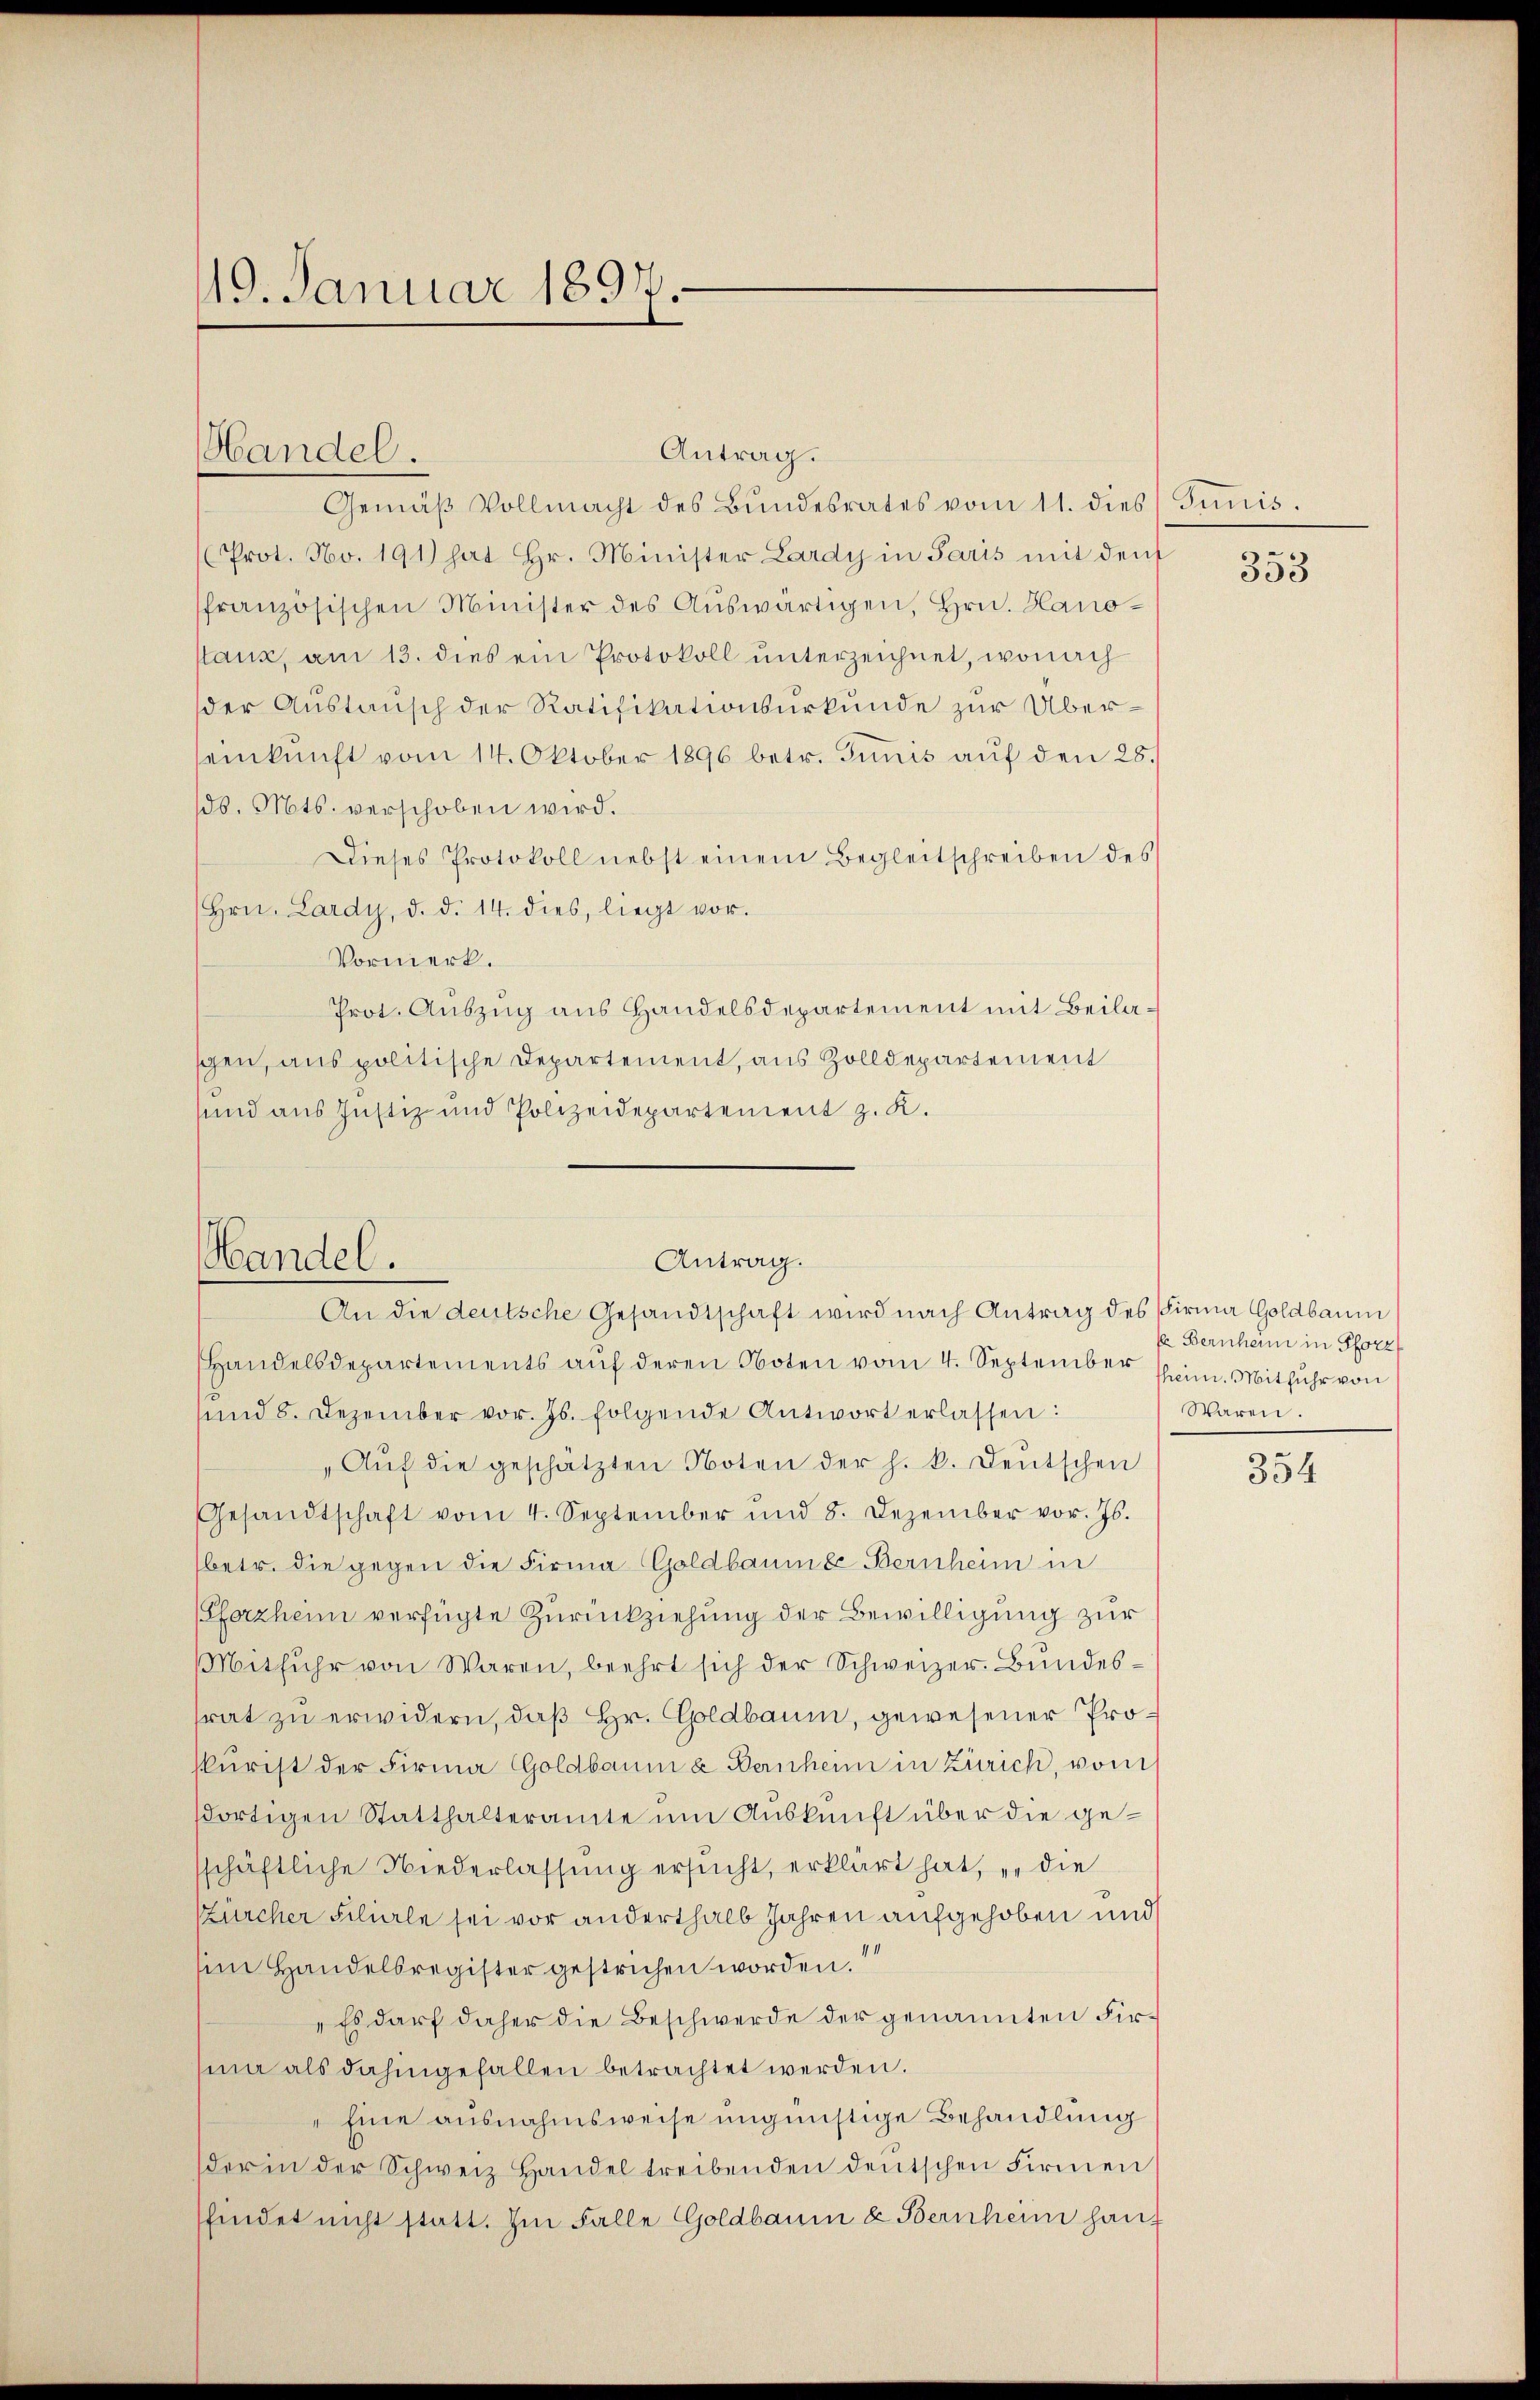
110. Januar 1897.

Antrag.
Gemäβ Vollmacht des Bŭndesrates vom 11. dies Junis.
Prot. No. 191) hat Hr. Minister Lardy in Paris mit den
ffranzösischen Minister des Auswärtigen, Hrn. Hanostanz, am 13. dies ein Protokoll unterzeichnet, wonach
der Austausch der Ratifikationsurkunde zur Überseinkunft vom 14. Oktober 1896 betr. Ginis aŭf den 28.
d. Mts. verschoben wird.
Dieses Protokoll nebst einem Begleitschreiben des
Hrn. Lardy, d. d. 14. dies, liegt vor.
Vormerk.
Prot. Auszug aus Handelsdepartement mit Beilaschen, aus politische Departement, aus Zolldepartement
sund aus Justiz- und Polizeidepartement z. K.
Handelsdepartements aŭf deren Noten vom 4. September sein. Mitfuhr von
sund 8. Dezember vor. Js. folgende Antwort erlassen:
Aŭf die geschätzten Noten der h. k. Deutschen
Gesandtschaft vom 4. September und 8. Dezember vor. Js.
(betr. die gegen die Firma Goldbaumes Bernheim in
(Pforzheim verfügte Zurückziehung der Bewilligung zur
Mitfuhr von Waren, beehrt sich der Schweizer. Bundesfrat zu erwidern, daß Hr. Goldbaum, gewesener Proskurist der Firma Goldbaum a Bernheim in Zürich, vom
sortigen Statthalteramte um Auskunft über die gesschäftliche Niederlassung ersucht, erklärt hat, „die
Zürcher Filiale sei vor anderthalb Jahren aufgehoben und
en Handelsregister gestrichen worden.
Es darf daher die Beschwerde der genannten Firma als dahingefallen betrachtet werden.
Eine ausnahmsweise ungünstige Behandlung
der in der Schweiz Handel treibenden deutschen Firmen
findet nicht statt. Im Falle Goldbaum & Bernheim haup

Handel.

Handel.

Antrag.
An die deutsche Gesandtschaft wird nach Antrag des Firma Goldbaum

353

k Bernheim in Pforz
Waren.

354